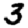
Digit: 3